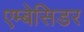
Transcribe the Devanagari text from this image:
एम्बेसिडर